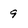
Character: 9